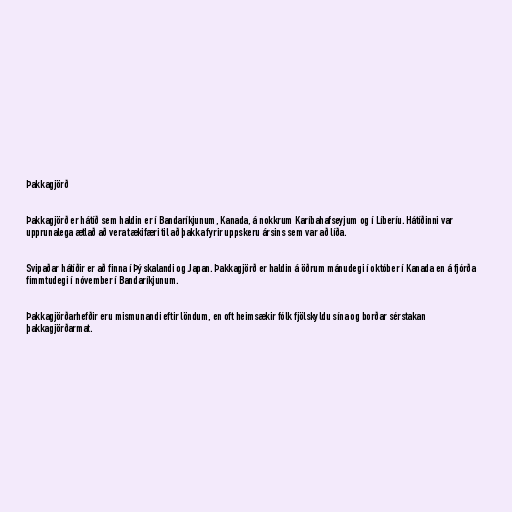
Þakkagjörð

Þakkagjörð er hátíð sem haldin er í Bandaríkjunum, Kanada, á nokkrum Karíbahafseyjum og í Líberíu. Hátíðinni var
upprunalega ætlað að vera tækifæri til að þakka fyrir uppskeru ársins sem var að líða.

Svipaðar hátíðir er að finna í Þýskalandi og Japan. Þakkagjörð er haldin á öðrum mánudegi í október í Kanada en á fjórða
fimmtudegi í nóvember í Bandaríkjunum.

Þakkagjörðarhefðir eru mismunandi eftir löndum, en oft heimsækir fólk fjölskyldu sína og borðar sérstakan
þakkagjörðarmat.